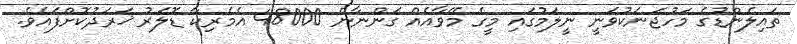
ތައިލެންޑުގެ މަހުޖަނަކުވަނީ ނީލަމުގައި މީގެ މޭޭވާއެއް ގަންނާން 48000 އެމެރިކާ ޑޮަލަރު ޚަރަދުކޮށްފައެވެ.